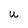
Character: U